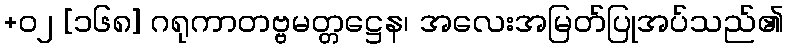
+၀၂ [၁၆၈] ဂရုကာတဗ္ဗမတ္တဋ္ဌေန၊ အလေးအမြတ်ပြုအပ်သည်၏